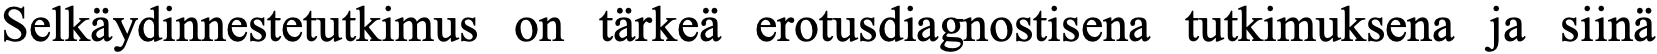
Selkäydinnestetutkimus on tärkeä erotusdiagnostisena tutkimuksena ja siinä